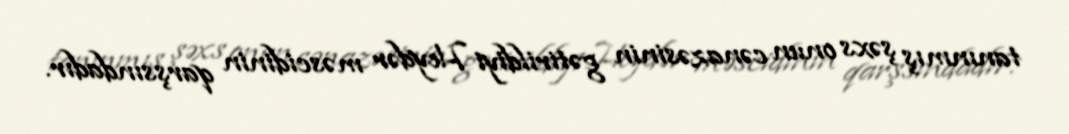
tanınmış şəxs onun cənazəsinin gətirildiyi Heydər məscidinin qarşsındadır.